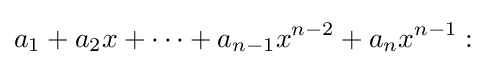
a_{1}+a_{2}x+\cdots +a_{n-1}x^{n-2}+a_{n}x^{n-1}: